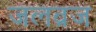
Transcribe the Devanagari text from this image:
जलव्रज